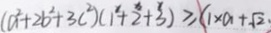
( a ^ { 2 } + 2 b ^ { 2 } + 3 c ^ { 2 } ) ( 1 ^ { 1 } + 2 ^ { 1 2 } + 3 ^ { 1 } ) \geqslant ( 1 \times a + \sqrt { 2 } )